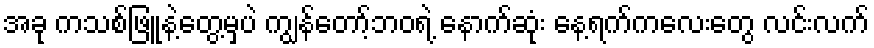
အခု ကသစ်ဖြူနဲ့တွေ့မှပဲ ကျွန်တော့်ဘဝရဲ့ နောက်ဆုံး နေ့ရက်ကလေးတွေ လင်းလက်